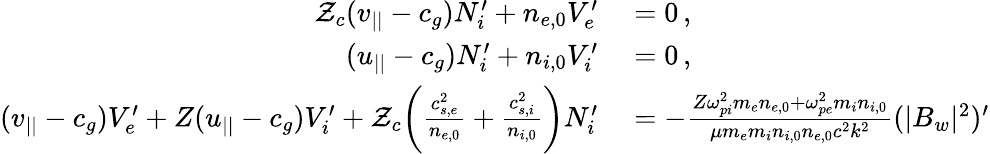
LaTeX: \begin{array}{rl}{\mathcal{Z}_{c}(v_{||}-c_{g})N_{i}^{\prime}+n_{e,0}V_{e}^{\prime}}&{{}=0\, ,}\\ {(u_{||}-c_{g})N_{i}^{\prime}+n_{i,0}V_{i}^{\prime}}&{{}=0\, ,}\\ {(v_{||}-c_{g})V_{e}^{\prime}+Z(u_{||}-c_{g})V_{i}^{\prime}+\mathcal{Z}_{c}\bigg(\frac{c_{s,e}^{2}}{n_{e,0}}+\frac{c_{s,i}^{2}}{n_{i,0}}\bigg)N_{i}^{\prime}}&{{}=-\frac{Z\omega_{pi}^{2}m_{e}n_{e,0}+\omega_{pe}^{2}m_{i}n_{i,0}}{\mu m_{e}m_{i}n_{i,0}n_{e,0}c^{2}k^{2}}(|B_{w}|^{2})^{\prime}}\end{array}